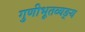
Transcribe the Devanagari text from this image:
गुणीभूतव्यङ्य